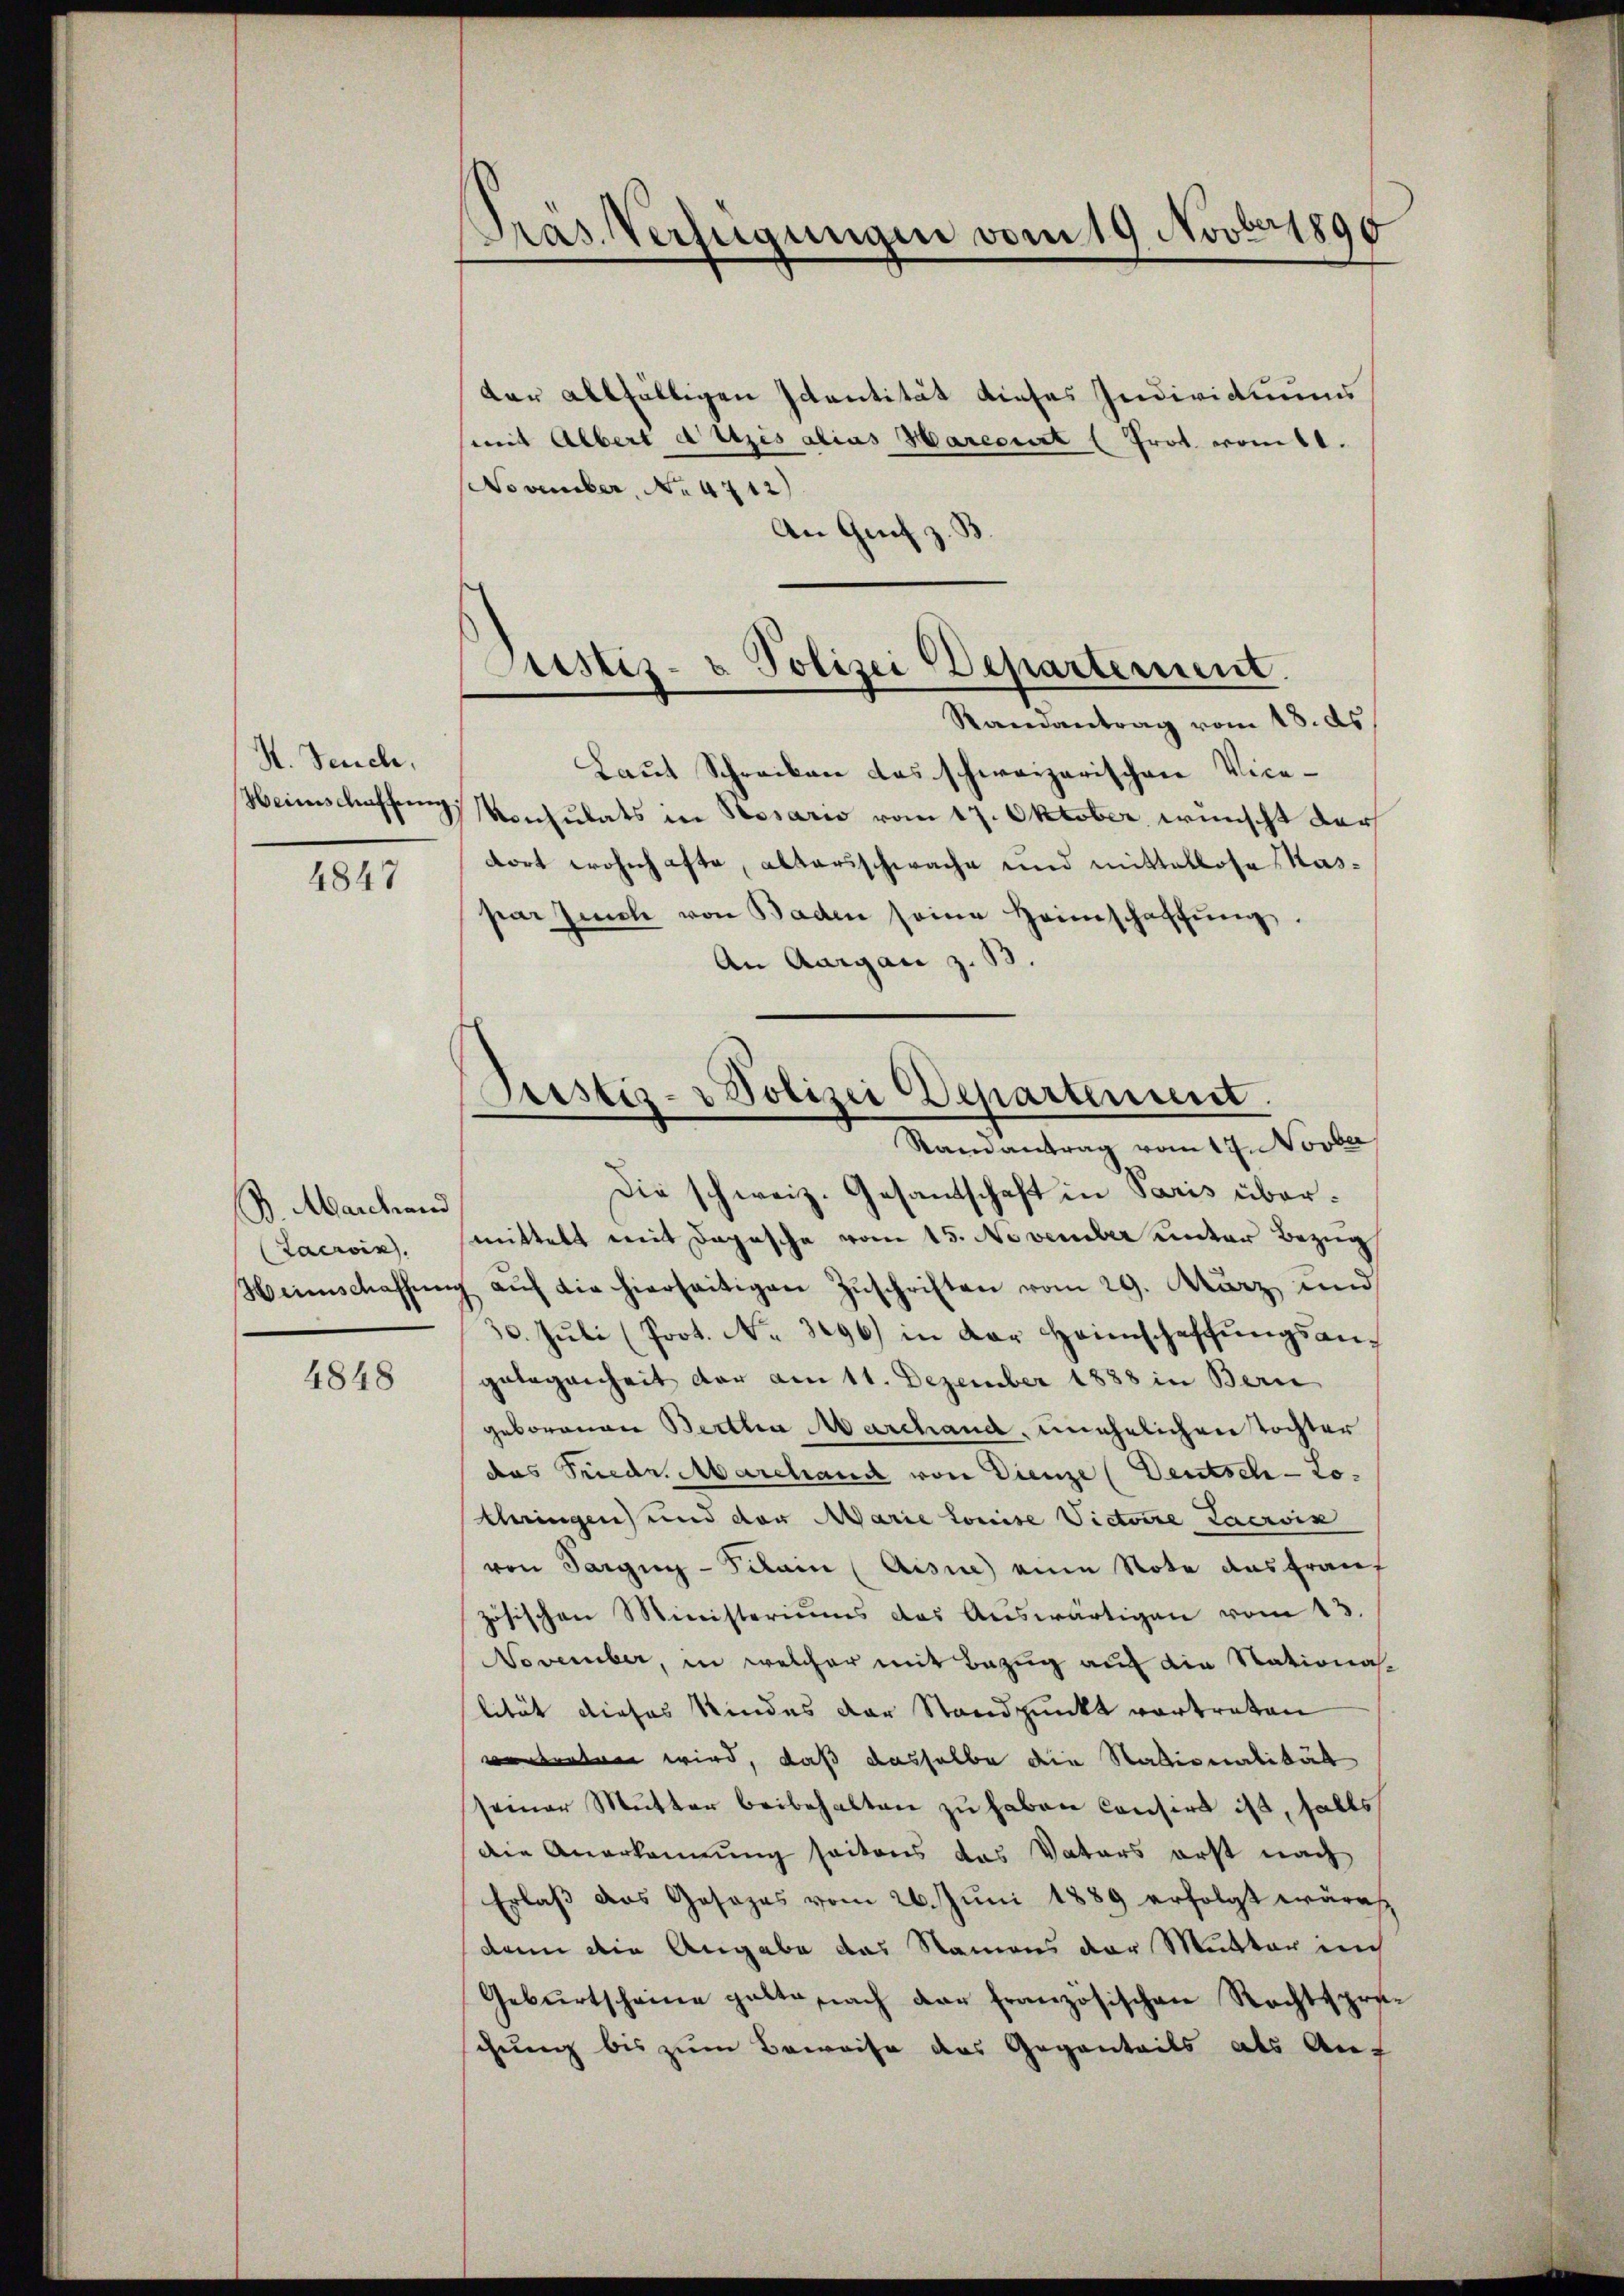
H. Seuch,
Heimschaffung.

4847

B. Marchand
Lacroix.

4848

Präs. Verfügungen vom 19. Novber 1890

Justiz- & Polizei Departement.
Randantrag vom 18. ds.

der allfälligen Ictantität dieses Individuumsmit Albert dutzes alias Marecirt ( Prot. vom 11.
November, No 4712)
An Genf
Laut Schreiben das schweizerischen Vice-
Konsulats in Rosario vom 17. Oktober wünscht darf
dort wohnhafte, altersschwache und mittellose Kaspar Zeich von Baden seine Heimschaffŭng.
An Aargau z. B.
Die schweiz. Gesandtschaft in Paris übermittelt mit Depesche vom 15. November unter Bezug
Weinschaffŭng aŭf die hierseitigen Zŭschriften vom 29. März und
10. Juli (Prot. No. 3096) in der Heimschaffungsangelegenheit der am 11. Dezember 1888 in Bern
geborenen Berttia Marchand, unehelichen Tochter
das Friedr. Marchand von Dienze (Deutsch-Lothringen und der Marie Louise Victoire Lacroix
von Sarging - Pilain (Aisne) eine Note das Frauf
zösischen Ministeriums des Auswärtigen vom 13.
November, in welcher mit Bezug auf die National-
lität dieses Kindes der Standpunkt vortreten
vortreten wird, daß dasselbe die Stationalität
seiner Mutter beibehalten zu haben Consirt ist, falls
die Anerkennung seitens das Vaters erst nach
Erlaß das Gesezes vom 26. Juni 1889 erfolgt wäre,
denn die Angabe das Namens der Mutter im
Geburtscheine halte nach der französischen Rechtspreschung bis zum Beweise das Gegenteils als Auf

Pristiz- & Polizei Departement.
Randantrag vom 17. Novber